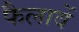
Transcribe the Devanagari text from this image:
फैलावें